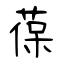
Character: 葆